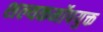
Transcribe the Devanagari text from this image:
शल्यकर्मोपयुक्त